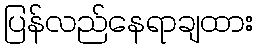
ပြန်လည်နေရာချထား